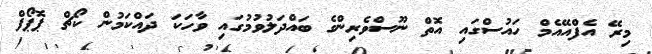
މިރޭ އެފްއޭއެމް ހައުސްގައި އޮތް ނޫސްވެރިންގެ ބައްދަލުވުމުގައި ވާހަކަ ދައްކަމުން ކޯޗް ޕޮޕޯފް